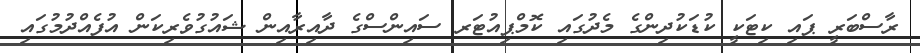
ރާސްބަރީ ޕައި ކިޓަކީ ކުޑަކުދިންގެ މެދުގައި ކޮމްޕިއުޓަރ ސައިންސްގެ ދާއިރާއިން ޝައުގުވެރިކަން އުފެއްދުމުގައި